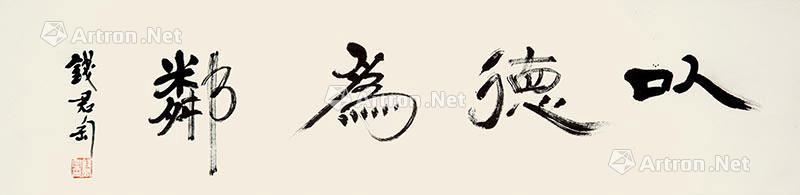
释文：以德为邻钱君匋印